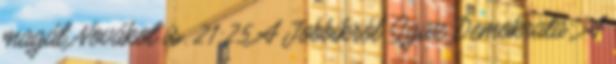
magát Novákot is. 21:25 A Jobbikról Igaz Demokrata: A